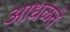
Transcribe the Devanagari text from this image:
आधळते